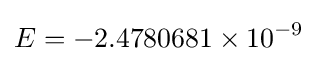
E=-2.4780681\times 10^{-9}